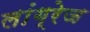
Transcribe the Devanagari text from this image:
लांग्रेज